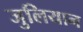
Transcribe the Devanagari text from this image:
जुलियान